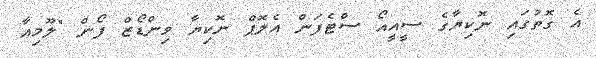
އެ ގޮތުގައި ނޮކިޔާގެ ސީއީއޯ ސްޓެފަން އެލޮޕް ނޮކިޔާ ވިންޑޯޒް ފޯން "ލޫމިއާ